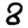
Digit: 8